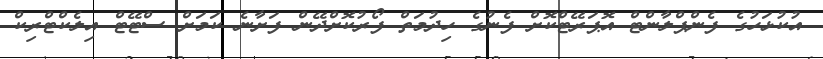
އުކުޅަހުގެ ފެންޕްލާންޓް އޮޕަރޭޓްކޮށް ފެނުގެ ހިދުމަތް ފޯރުކޮށްދޭން ފަށާނެ ކަމަށް ސްޓޭޓް އިލެކްޓްރިކް